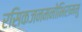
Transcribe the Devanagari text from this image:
रसिकजनमनोभिराममु